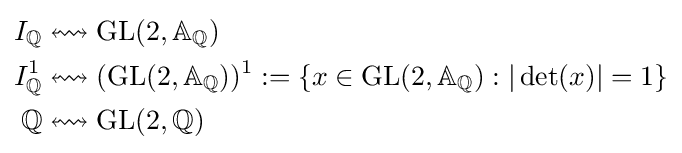
{\begin{aligned}I_{\mathbb {Q} }&\leftrightsquigarrow \operatorname {GL} (2,\mathbb {A} _{\mathbb {Q} })\\I_{\mathbb {Q} }^{1}&\leftrightsquigarrow (\operatorname {GL} (2,\mathbb {A} _{\mathbb {Q} }))^{1}:=\{x\in \operatorname {GL} (2,\mathbb {A} _{\mathbb {Q} }):|\det(x)|=1\}\\\mathbb {Q} &\leftrightsquigarrow \operatorname {GL} (2,\mathbb {Q} )\end{aligned}}